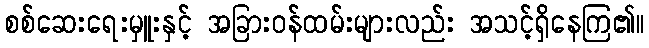
စစ်ဆေးရေးမှူးနှင့် အခြားဝန်ထမ်းများလည်း အသင့်ရှိနေကြ၏။